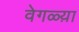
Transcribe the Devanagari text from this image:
वेगळ्य़ा